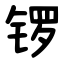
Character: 锣